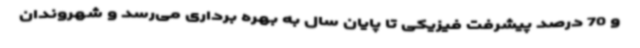
و 70 درصد پیشرفت فیزیکی تا پایان سال به بهره برداری می‌رسد و شهروندان